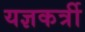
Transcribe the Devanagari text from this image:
यज्ञकर्त्री